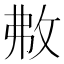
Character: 㪄